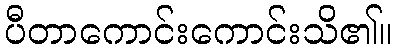
ပီတာကောင်းကောင်းသိ၏။